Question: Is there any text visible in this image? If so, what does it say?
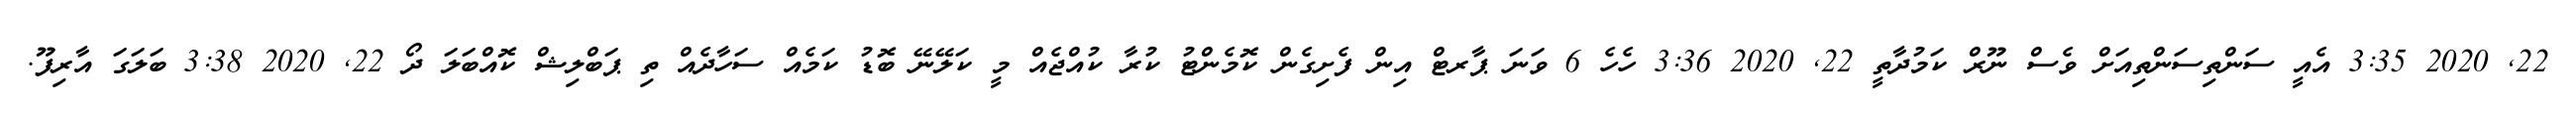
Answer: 22, 2020 3:35 އެއީ ސަންތިސަންތިއަށް ވެސް ނޫރް ކަމުދާތީ 22, 2020 3:36 ހެހެ 6 ވަނަ ޕާރޓް އިން ފެށިގެން ކޮމެންޓު ކުރާ ކުއްޖެއް މީ ކަލޭނޭ ބޮޑު ކަމެއް ސަހާދެއް ތި ޕަބްލިޝް ކޮއްބަލަ ދޯ 22, 2020 3:38 ބަލަގަ އާރިފޫ.